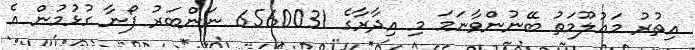
އިތުރު މަޢުލޫމަތު ބޭނުންވާނަމަ މި އިދާރާގެ 6560031 ނަންބަރު ފޯނާ ގުޅުމުން އެ